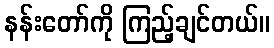
နန်းတော်ကို ကြည့်ချင်တယ်။